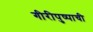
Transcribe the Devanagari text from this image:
गीरीपुष्पाची